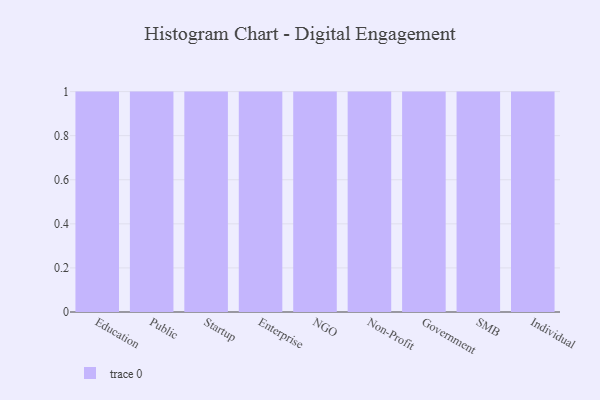
{"axis": {"x": "Segment", "y": "Website Visitors"}, "legend": [""], "data": [{"x": "Education", "y": 13, "type": ""}, {"x": "Public", "y": 93, "type": ""}, {"x": "Startup", "y": 96, "type": ""}, {"x": "Enterprise", "y": 47, "type": ""}, {"x": "NGO", "y": 91, "type": ""}, {"x": "Non-Profit", "y": 48, "type": ""}, {"x": "Government", "y": 11, "type": ""}, {"x": "SMB", "y": 8, "type": ""}, {"x": "Individual", "y": 31, "type": ""}]}